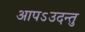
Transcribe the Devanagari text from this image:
आपऽउदन्तु